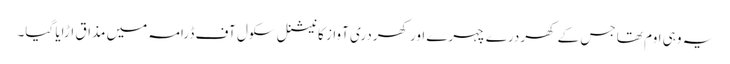
یہ وہی اوم تھا جس کے کھردرے چہرے اور کھردری آواز کا نیشنل سکول آف ڈرامہ میں مذاق اڑایا گیا۔